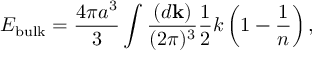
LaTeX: E _ { \mathrm { b u l k } } = { \frac { 4 \pi a ^ { 3 } } { 3 } } \int { \frac { ( d { \bf k } ) } { ( 2 \pi ) ^ { 3 } } } { \frac { 1 } { 2 } } k \left( 1 - { \frac { 1 } { n } } \right) ,